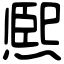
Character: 熈